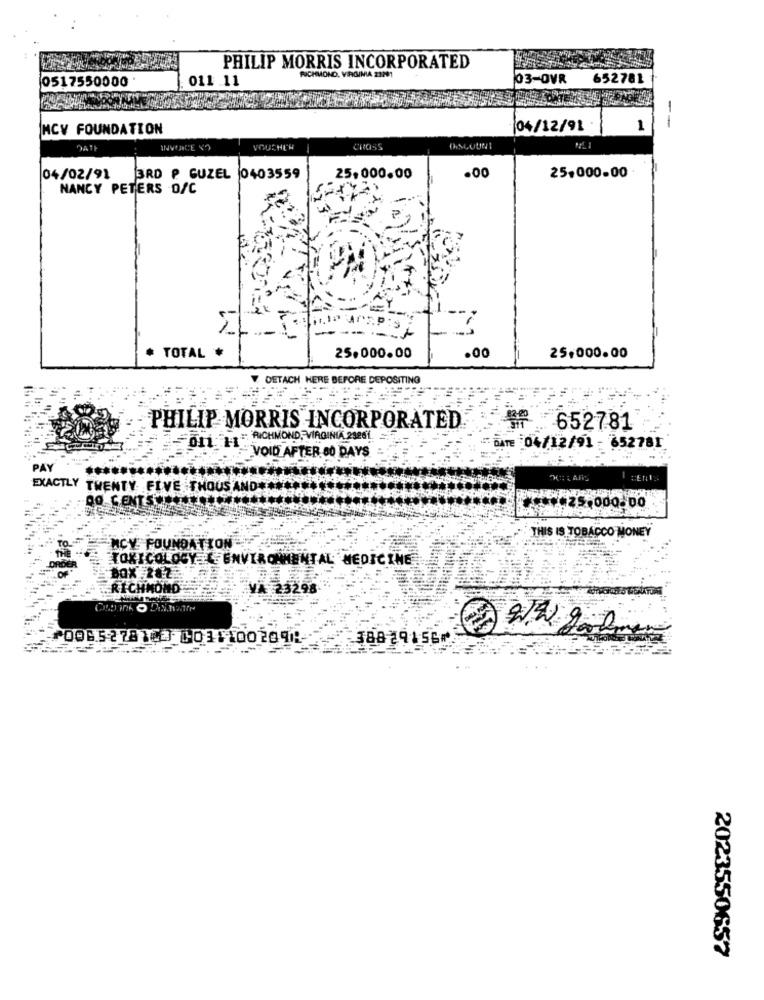
PHILIP MORRIS INCORPORATED
0517550000
011 .11
PUCHMOND, VIRGINIA 23201
03-OVR
652781
--
MCV FOUNDATION
/04/12/91
1
DATE
INVENCE VO
VOUCHER
CROSS
DISCOUNT
04/02/91
3RD P GUZEL 0403559
25,000.00
.00
25,000.00
NANCY PETERS OSC
Arap
-- --
* TOTAL *
25,000.00
.00
25,000.00
DETACH HERE BEFORE DEPOSITING
PHILIP MORRIS INCORPORATED
₩ 652781
011: " RICHMOND, VIRGINIA 29861
DATE :04/12/91- 652781
VOID AFTER 80 DAYS
PAY
EXACTLY TWENTY FIVE THOUS
CZS,000-00
THIS IS TOBACCO MONEY
MCY FOUNDATION
TOXICOLOGY . ENVIRONMENTAL MEDICINE
BOX 282.
RICHMOND
VA 23298
⑈0965278160 0031100209-
38829156⑈
2023550657